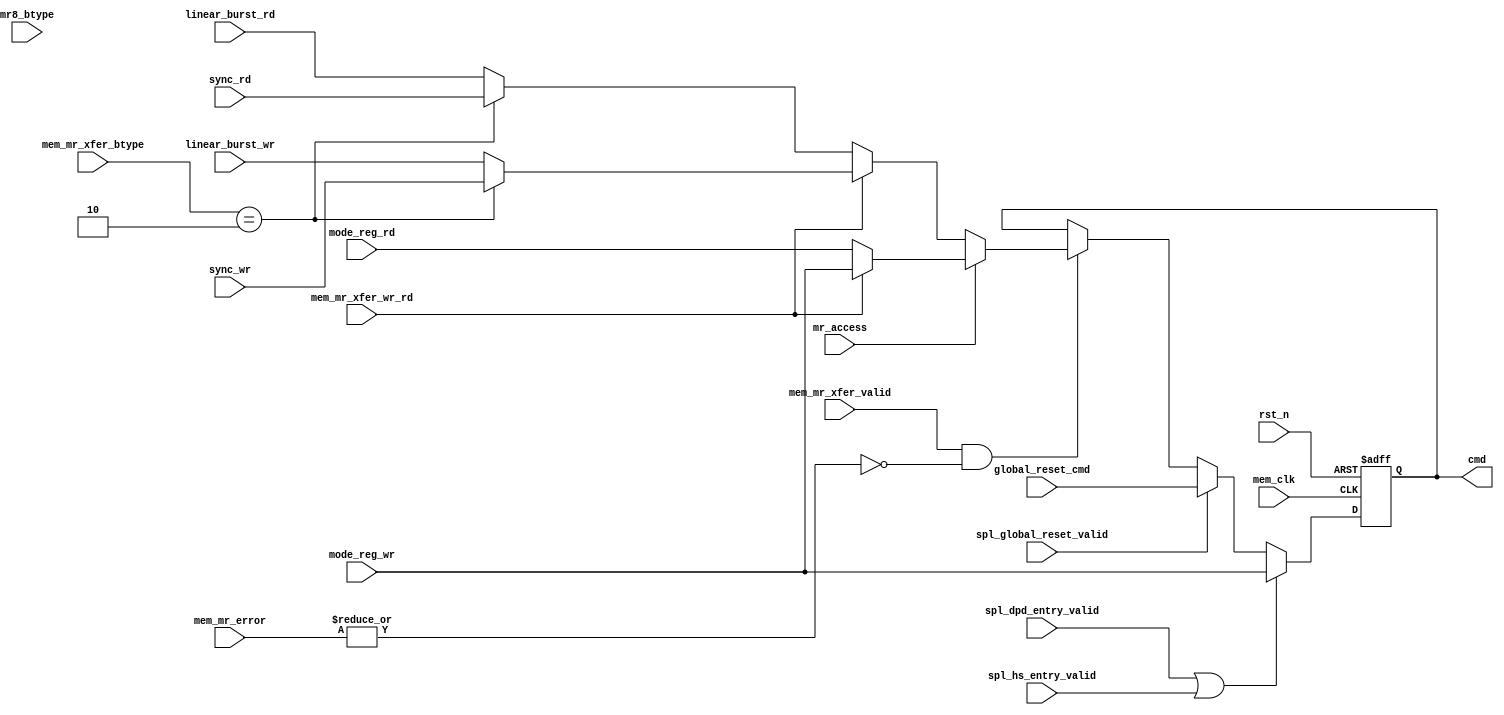
// ----------------------------------------------------------------------------
//   Copyright December 2018, Mobiveil Inc. All rights reserved.
//   Use and distribution of this file is governed by the terms and conditions of a license agreement with
//   Mobiveil Inc.  Mobiveil Inc. makes no representations about the suitability of this file for any purpose.
//   It is provided as is without any express or implied warranty
//   No part of this information may be reproduced, stored in a
//   retrieval system, or transmitted, in any form or by any means
//   without the prior written permission of Mobiveil Inc.
// ----------------------------------------------------------------------------

// This block provides the write/read command to the data_shifter during memory array, mode
// register and sepecial instruction transfers. This command is placed during
// the command phase of a PSRAM transfer.

`timescale 1ns/1ps
module cmd_selector
   (
mem_clk,
rst_n,

// From AXI4_SLV_CNTRL
mem_mr_xfer_valid,
mem_mr_error,
mem_mr_xfer_wr_rd,
mem_mr_xfer_btype,

//From SPL_INSTRN_HANDLR
spl_dpd_entry_valid, // pulse
spl_hs_entry_valid,
spl_global_reset_valid,

//From Data shifter
mr8_btype,

// From CSR
mr_access,
linear_burst_wr,
linear_burst_rd,
sync_wr,
sync_rd,
global_reset_cmd,
mode_reg_wr,
mode_reg_rd,

// To data_shifter
cmd
   );

localparam WRAP = 2'b10;

input mem_clk;
input rst_n;

// From AXI4_SLV_CNTRL
input       mem_mr_xfer_valid;
input [1:0] mem_mr_error;
input       mem_mr_xfer_wr_rd;
input [1:0] mem_mr_xfer_btype;

//From SPL_INSTRN_HANDLR
input       spl_dpd_entry_valid; // pulse
input       spl_hs_entry_valid;
input       spl_global_reset_valid;

//From Data shifter
input        mr8_btype;

// From CSR
input       mr_access;
input [7:0] linear_burst_wr;
input [7:0] linear_burst_rd;
input [7:0] sync_wr;
input [7:0] sync_rd;
input [7:0] global_reset_cmd;
input [7:0] mode_reg_wr;
input [7:0] mode_reg_rd;

// To data_shifter
output [7:0] cmd;

reg [7:0] cmd, next_cmd;

always @ (posedge mem_clk or negedge rst_n)
begin
if(~rst_n)
begin
   cmd  <= 8'd0;
end
else
begin
   cmd  <= next_cmd;
end
end

always @ *
begin


if(spl_dpd_entry_valid ||spl_hs_entry_valid) 
begin
   next_cmd  = mode_reg_wr; 
end 
else if(spl_global_reset_valid) 
begin
   next_cmd       = global_reset_cmd; 
end
else if(mem_mr_xfer_valid && (!(|mem_mr_error))) 
begin
   if(mr_access) // mode register
   begin
      next_cmd       = mem_mr_xfer_wr_rd ? mode_reg_wr : mode_reg_rd;
   end
   else // memory array access 
   begin
      if(mem_mr_xfer_wr_rd) // write
      begin
         next_cmd       = mem_mr_xfer_btype==WRAP ? sync_wr : linear_burst_wr;
      end
      else // read
      begin
         next_cmd       = mem_mr_xfer_btype==WRAP ? sync_rd : linear_burst_rd;
      end
   end
end
else 
begin
         next_cmd = cmd;
end
end

endmodule